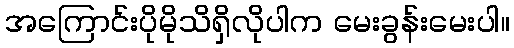
အကြောင်းပိုမိုသိရှိလိုပါက မေးခွန်းမေးပါ။